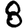
Digit: 8